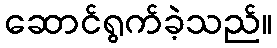
ဆောင်ရွက်ခဲ့သည်။